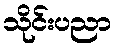
သိုင်းပညာ